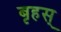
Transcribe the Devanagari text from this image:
बृहस्